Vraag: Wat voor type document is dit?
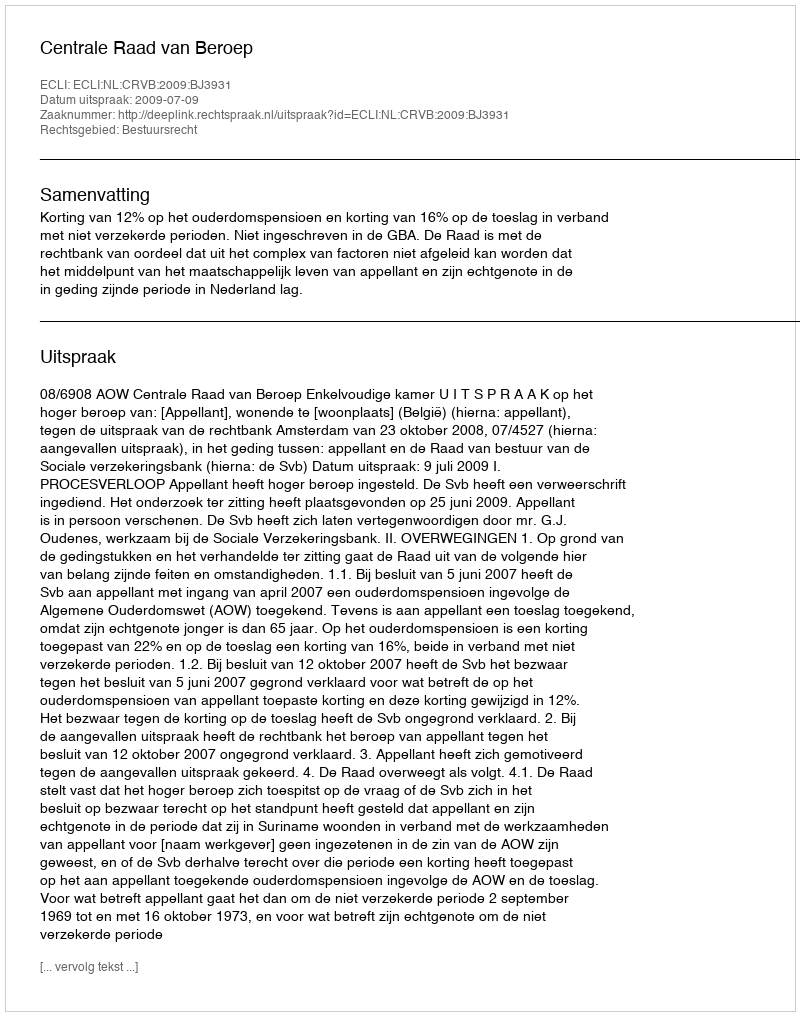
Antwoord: Uitspraak